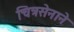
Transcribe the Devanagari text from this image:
चित्रसेनाने